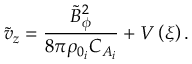
\tilde { v } _ { z } = \frac { \tilde { B } _ { \phi } ^ { 2 } } { 8 \pi \rho _ { 0 _ { i } } C _ { A _ { i } } } + V \left( \xi \right) .